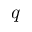
q